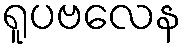
ရူပဗလေန